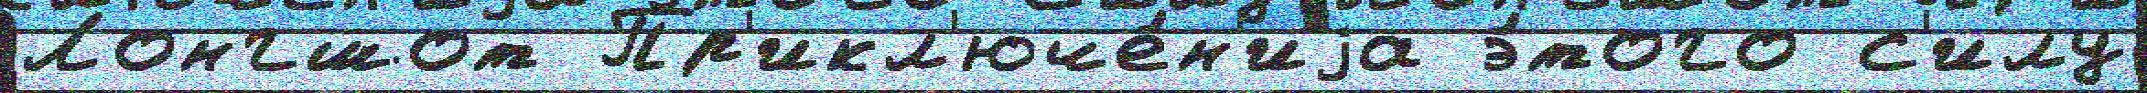
Лонгшот Пр'икл'юче́н'иjа э́того с'илу